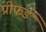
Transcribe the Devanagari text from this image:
प्रीफर्ड